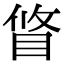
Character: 䀺